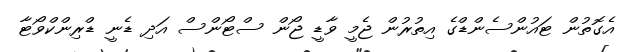
އެގޮތުން ޓައުންސެންޑްގެ އިތުރުން ޖެމީ ވާޑީ ޖޯން ސްޓޯންސް އަދި ޑެނީ ޑްރިންކްވޯޓާ